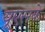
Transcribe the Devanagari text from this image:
यूएसके